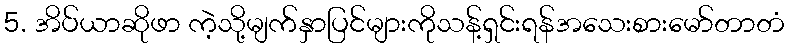
5. အိပ်ယာဆိုဖာ ကဲ့သို့မျက်နှာပြင်များကိုသန့်ရှင်းရန်အသေးစားမော်တာတံ